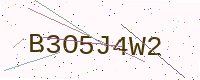
Text: B3O5J4W2